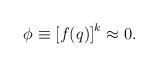
LaTeX: \begin{align*}\phi \equiv \left[ f(q)\right] ^{k}\approx 0. \end{align*}